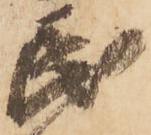
民